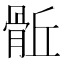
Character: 𩨼